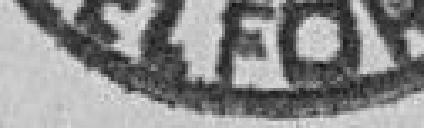
BELFORT